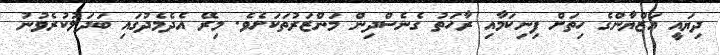
ދިޔައީ އަޒްޔާންގެ ހިތަށް ފިނިކަމާއި ރާހަތު ގެނެސްދިން މަންޒަރުތަކަށެވެ. މިރޭ އެދެމެދުގައި ބަދަލުކުރެވުނު